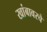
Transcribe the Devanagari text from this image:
खांबावरचे